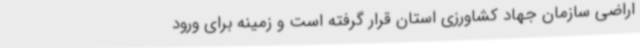
اراضی سازمان جهاد کشاورزی استان قرار گرفته است و زمینه برای ورود